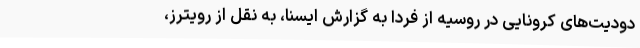
دودیت‌های کرونایی در روسیه از فردا به گزارش ایسنا، به نقل از رویترز،